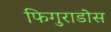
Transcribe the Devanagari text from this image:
फिगुराडोस